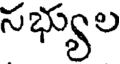
సభ్యుల